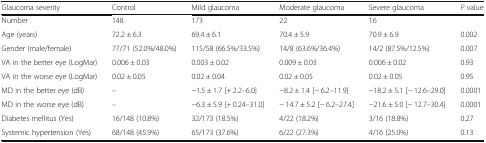
<table><thead><tr><td><b>Glaucoma severity</b></td><td><b>Control</b></td><td><b>Mild glaucoma</b></td><td><b>Moderate glaucoma</b></td><td><b>Severe glaucoma</b></td><td><b><i>P</i> value</b></td></tr></thead><tbody><tr><td>Number</td><td>148</td><td>173</td><td>22</td><td>16</td><td></td></tr><tr><td>Age (years)</td><td>72.2 ± 6.3</td><td>69.4 ± 6.1</td><td>70.4 ± 5.9</td><td>70.9 ± 6.9</td><td>0.002</td></tr><tr><td>Gender (male/female)</td><td>77/71 (52.0%/48.0%)</td><td>115/58 (66.5%/33.5%)</td><td>14/8 (63.6%/36.4%)</td><td>14/2 (87.5%/12.5%)</td><td>0.007</td></tr><tr><td>VA in the better eye (LogMar)</td><td>0.006 ± 0.03</td><td>0.003 ± 0.02</td><td>0.009 ± 0.03</td><td>0.006 ± 0.02</td><td>0.93</td></tr><tr><td>VA in the worse eye (LogMar)</td><td>0.02 ± 0.05</td><td>0.02 ± 0.04</td><td>0.02 ± 0.05</td><td>0.02 ± 0.05</td><td>0.95</td></tr><tr><td>MD in the better eye (dB)</td><td>–</td><td>−1.5 ± 1.7 [+ 2.2--6.0]</td><td>−8.2 ± 1.4 [− 6.2--11.9]</td><td>−18.2 ± 5.1 [− 12.6--29.0]</td><td>0.0001</td></tr><tr><td>MD in the worse eye (dB)</td><td>–</td><td>−6.3 ± 5.9 [+ 0.24--31.0]</td><td>− 14.7 ± 5.2 [− 6.2--27.4]</td><td>−21.6 ± 5.0 [− 12.7--30.4]</td><td>0.0001</td></tr><tr><td>Diabetes mellitus (Yes)</td><td>16/148 (10.8%)</td><td>32/173 (18.5%)</td><td>4/22 (18.2%)</td><td>3/16 (18.8%)</td><td>0.27</td></tr><tr><td>Systemic hypertension (Yes)</td><td>68/148 (45.9%)</td><td>65/173 (37.6%)</td><td>6/22 (27.3%)</td><td>4/16 (25.0%)</td><td>0.13</td></tr></tbody></table>